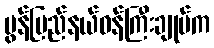
မွန်ပြည်နယ်ဝန်ကြီးချုပ်က